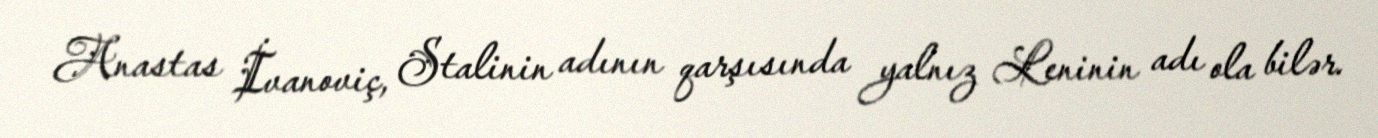
Anastas İvanoviç, Stalinin adının qarşısında yalnız Leninin adı ola bilər.